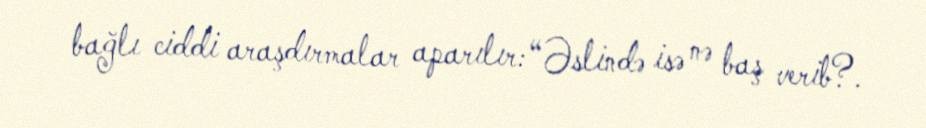
bağlı ciddi araşdırmalar aparılır: “Əslində isə nə baş verib?.